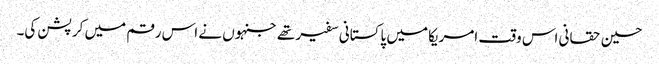
حسین حقانی اس وقت امریکا میں پاکستانی سفیر تھے جنہوں نے اس رقم میں کرپشن کی۔